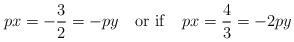
LaTeX: \begin{align*}px=-\frac{3}{2}=-py \quad {\rm or \ if } \quad px=\frac{4}{3}=-2py \end{align*}